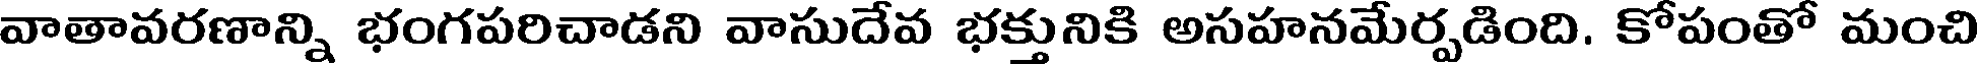
వాతావరణాన్ని భంగపరిచాడని వాసుదేవ భక్తునికి అసహనమేర్పడింది. కోపంతో మంచి